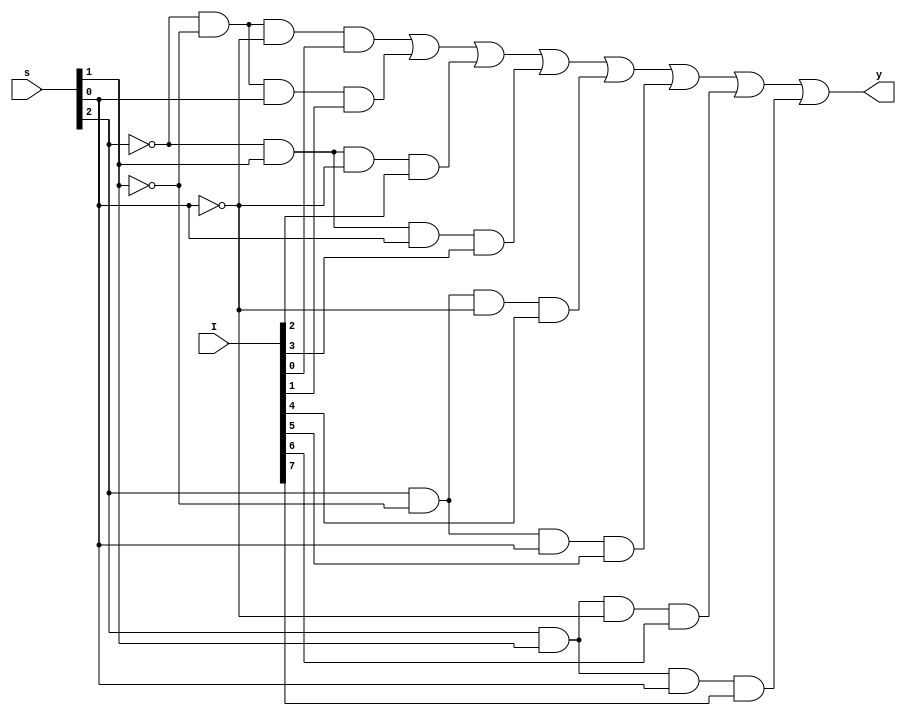
`timescale 1ns / 1ps
//////////////////////////////////////////////////////////////////////////////////
// Company: 
// Engineer: 
// 
// Design Name: 
// Module Name:    mux8_1 
// Project Name: 
// Target Devices: 
// Tool versions: 
// Description: 
//
// Dependencies: 
//
// Revision: 
// Revision 0.01 - File Created
// Additional Comments: 
//
//////////////////////////////////////////////////////////////////////////////////
module mux8_1(
    input [2:0] s,
    input [7:0] I,
    output y
    );
	 wire p,q,r;
assign p=~s[2];
assign q=~s[1];
assign r=~s[0];
assign y=(p&q&r&I[0])| (p&q&s[0]&I[1])| (p&s[1]&r&I[2])| (p&s[1]&s[0]&I[3])| 
         (s[2]&q&r&I[4])| (s[2]&q&s[0]&I[5])| (s[2]&s[1]&r&I[6])| (s[2]&s[1]&s[0]&I[7]);

endmodule